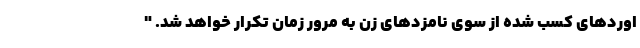
اوردهای کسب شده از سوی نامزدهای زن به مرور زمان تکرار خواهد شد. "